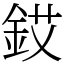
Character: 銰